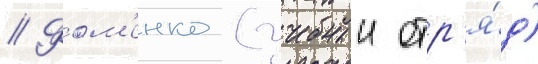
// Фом'енко (учебныи отр'я́д)